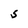
Character: S